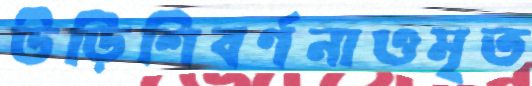
উড়িশিবর্ণনাওমৃত